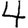
Digit: 4